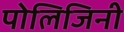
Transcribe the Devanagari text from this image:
पोलिजिनी